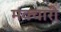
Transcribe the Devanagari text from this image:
मक्चारी